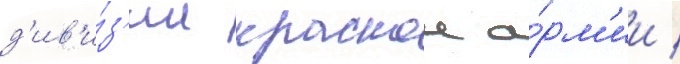
д'ив'и́з'ии краснои а́рм'ии /